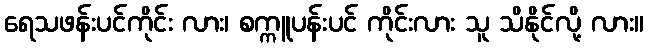
ရေသဖန်းပင်ကိုင်း လား၊ စက္ကူပန်းပင် ကိုင်းလား သူ သိနိုင်လို့ လား။